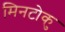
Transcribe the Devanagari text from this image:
मिनटोकु